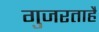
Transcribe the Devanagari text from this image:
गुजरताहै